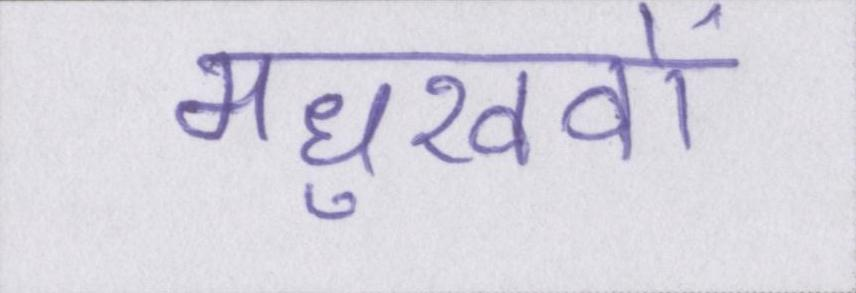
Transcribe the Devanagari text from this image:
मधुखवों